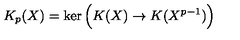
K _ { p } ( X ) = \ker \Big ( K ( X ) \to K ( X ^ { p - 1 } ) \Big )